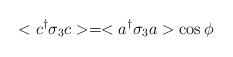
LaTeX: \begin{align*}<c^{\dag}\sigma_{3}c>=<a^{\dag}\sigma_{3}a>\cos\phi\end{align*}